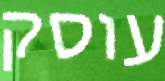
עוסק